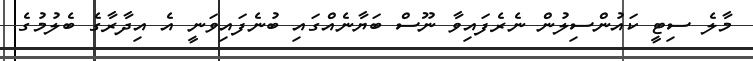
މާލެ ސިޓީ ކައުންސިލުން ނެރެފައިވާ ނޫސް ބަޔާނެއްގައި ބުނެފައިވަނީ އެ އިދާރާގެ ބެލުމުގެ